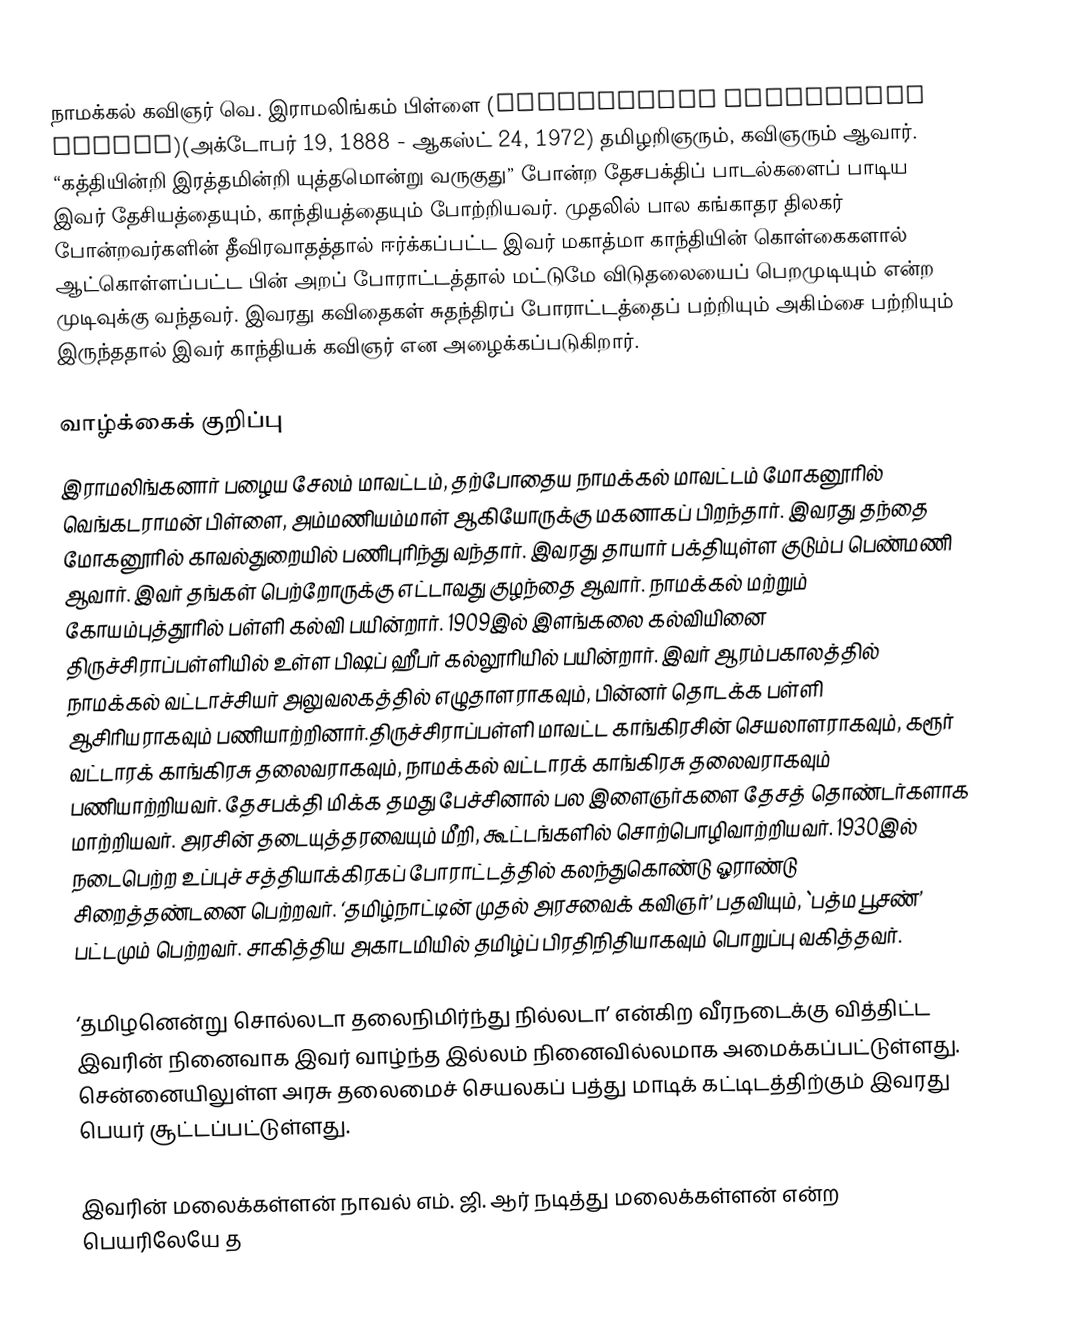
நாமக்கல் கவிஞர் வெ. இராமலிங்கம் பிள்ளை (Venkatarama Ramalingam Pillai)(அக்டோபர் 19, 1888 - ஆகஸ்ட் 24, 1972) தமிழறிஞரும், கவிஞரும் ஆவார். “கத்தியின்றி இரத்தமின்றி யுத்தமொன்று வருகுது” போன்ற தேசபக்திப் பாடல்களைப் பாடிய இவர் தேசியத்தையும், காந்தியத்தையும் போற்றியவர். முதலில் பால கங்காதர திலகர் போன்றவர்களின் தீவிரவாதத்தால் ஈர்க்கப்பட்ட இவர் மகாத்மா காந்தியின் கொள்கைகளால் ஆட்கொள்ளப்பட்ட பின் அறப் போராட்டத்தால் மட்டுமே விடுதலையைப் பெறமுடியும் என்ற முடிவுக்கு வந்தவர். இவரது கவிதைகள் சுதந்திரப் போராட்டத்தைப் பற்றியும் அகிம்சை பற்றியும் இருந்ததால் இவர் காந்தியக் கவிஞர் என அழைக்கப்படுகிறார்.

வாழ்க்கைக் குறிப்பு
இராமலிங்கனார் பழைய சேலம் மாவட்டம், தற்போதைய நாமக்கல் மாவட்டம் மோகனூரில் வெங்கடராமன் பிள்ளை, அம்மணியம்மாள் ஆகியோருக்கு மகனாகப் பிறந்தார். இவரது தந்தை மோகனூரில் காவல்துறையில் பணிபுரிந்து வந்தார். இவரது தாயார் பக்தியுள்ள குடும்ப பெண்மணி ஆவார். இவர் தங்கள் பெற்றோருக்கு எட்டாவது குழந்தை ஆவார். நாமக்கல் மற்றும்  கோயம்புத்தூரில் பள்ளி கல்வி பயின்றார். 1909இல் இளங்கலை கல்வியினை திருச்சிராப்பள்ளியில் உள்ள பிஷப் ஹீபர் கல்லூரியில் பயின்றார். இவர் ஆரம்பகாலத்தில் நாமக்கல் வட்டாச்சியர் அலுவலகத்தில் எழுதாளராகவும், பின்னர் தொடக்க பள்ளி ஆசிரியராகவும் பணியாற்றினார்.திருச்சிராப்பள்ளி மாவட்ட காங்கிரசின் செயலாளராகவும், கரூர் வட்டாரக் காங்கிரசு தலைவராகவும், நாமக்கல் வட்டாரக் காங்கிரசு தலைவராகவும் பணியாற்றியவர். தேசபக்தி மிக்க தமது பேச்சினால் பல இளைஞர்களை தேசத் தொண்டர்களாக மாற்றியவர். அரசின் தடையுத்தரவையும் மீறி, கூட்டங்களில் சொற்பொழிவாற்றியவர். 1930இல் நடைபெற்ற உப்புச் சத்தியாக்கிரகப் போராட்டத்தில் கலந்துகொண்டு ஓராண்டு சிறைத்தண்டனை பெற்றவர். ‘தமிழ்நாட்டின் முதல் அரசவைக் கவிஞர்’ பதவியும், `பத்ம பூசண்’ பட்டமும் பெற்றவர். சாகித்திய அகாடமியில் தமிழ்ப் பிரதிநிதியாகவும் பொறுப்பு வகித்தவர்.

‘தமிழனென்று சொல்லடா தலைநிமிர்ந்து நில்லடா’ என்கிற வீரநடைக்கு வித்திட்ட இவரின் நினைவாக இவர் வாழ்ந்த இல்லம் நினைவில்லமாக அமைக்கப்பட்டுள்ளது. சென்னையிலுள்ள அரசு தலைமைச் செயலகப் பத்து மாடிக் கட்டிடத்திற்கும் இவரது பெயர் சூட்டப்பட்டுள்ளது.

இவரின் மலைக்கள்ளன் நாவல் எம். ஜி. ஆர் நடித்து மலைக்கள்ளன் என்ற பெயரிலேயே த